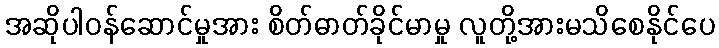
အဆိုပါဝန်ဆောင်မှုအား စိတ်ဓာတ်ခိုင်မာမှု လူတို့အားမသိစေနိုင်ပေ